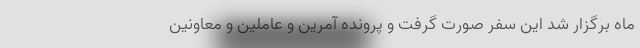
ماه برگزار شد این سفر صورت گرفت و پرونده آمرین و عاملین و معاونین